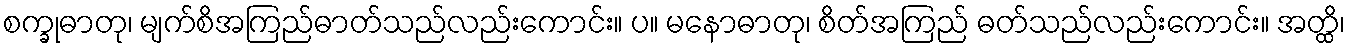
စက္ခုဓာတု၊ မျက်စိအကြည်ဓာတ်သည်လည်းကောင်း။ ပ။ မနောဓာတု၊ စိတ်အကြည် ဓတ်သည်လည်းကောင်း။ အတ္ထိ၊